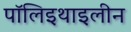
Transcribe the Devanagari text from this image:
पॉलिइथाइलीन